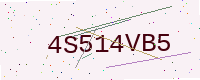
Text: 4S514VB5